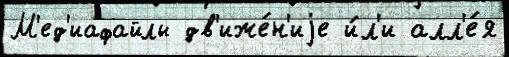
М'ед'иафайлы дв'иже́н'иjе и́л'и алл'е́я